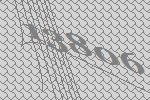
13806